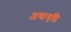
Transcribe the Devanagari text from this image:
अद्यावृद्धि